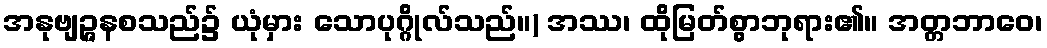
အနုဗျဉ္ဇနစသည်၌ ယုံမှား သောပုဂ္ဂိုလ်သည်။) အဿ၊ ထိုမြတ်စွာဘုရား၏။ အတ္တဘာဝေ၊